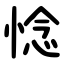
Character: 惗